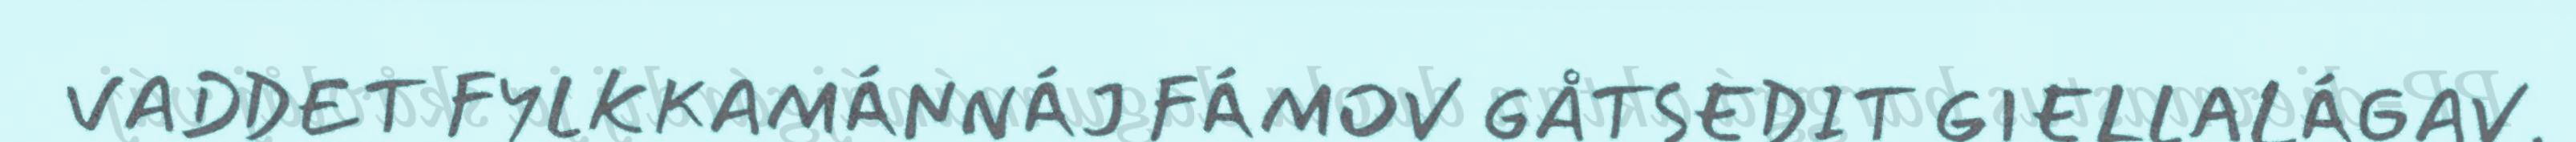
VADDET FYLKKAMÁNNÁJ FÁMOV GÅTSEDIT GIELLALÁGAV.